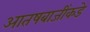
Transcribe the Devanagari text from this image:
आतषबाजींकडे